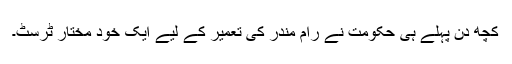
کچھ دن پہلے ہی حکومت نے رام مندر کی تعمیر کے لیے ایک خود مختار ٹرسٹ۔